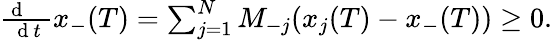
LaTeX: \begin{array}{r}{\frac{\mathrm{~d~\, ~\, ~}}{\mathrm{~d~}t}x_{-}(T)=\sum_{j=1}^{N}M_{-j}(x_{j}(T)-x_{-}(T))\geq 0.}\end{array}